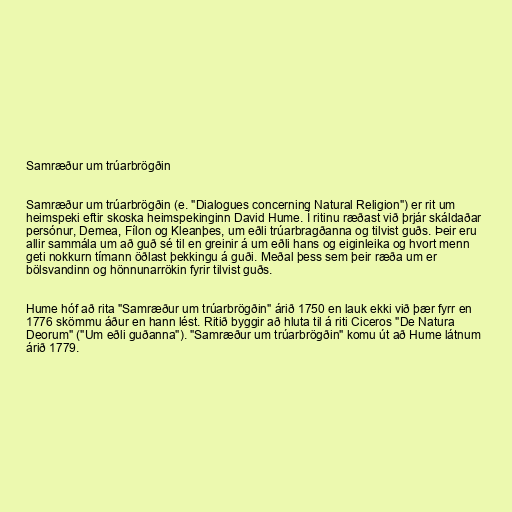
Samræður um trúarbrögðin

Samræður um trúarbrögðin (e. "Dialogues concerning Natural Religion") er rit um
heimspeki eftir skoska heimspekinginn David Hume. Í ritinu ræðast við þrjár skáldaðar
persónur, Demea, Fílon og Kleanþes, um eðli trúarbragðanna og tilvist guðs. Þeir eru
allir sammála um að guð sé til en greinir á um eðli hans og eiginleika og hvort menn
geti nokkurn tímann öðlast þekkingu á guði. Meðal þess sem þeir ræða um er
bölsvandinn og hönnunarrökin fyrir tilvist guðs.

Hume hóf að rita "Samræður um trúarbrögðin" árið 1750 en lauk ekki við þær fyrr en
1776 skömmu áður en hann lést. Ritið byggir að hluta til á riti Ciceros "De Natura
Deorum" ("Um eðli guðanna"). "Samræður um trúarbrögðin" komu út að Hume látnum
árið 1779.